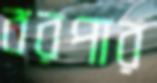
বরপার